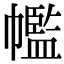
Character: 𢅡